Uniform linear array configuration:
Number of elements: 24
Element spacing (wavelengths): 0.25
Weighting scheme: blackman
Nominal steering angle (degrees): -30
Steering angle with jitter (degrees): -29.448
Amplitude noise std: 0.05
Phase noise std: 0.05

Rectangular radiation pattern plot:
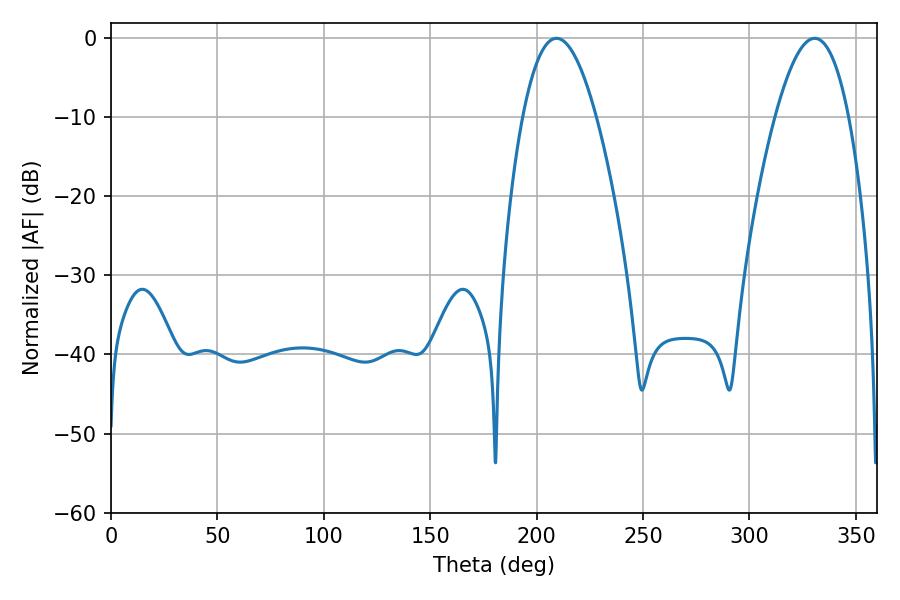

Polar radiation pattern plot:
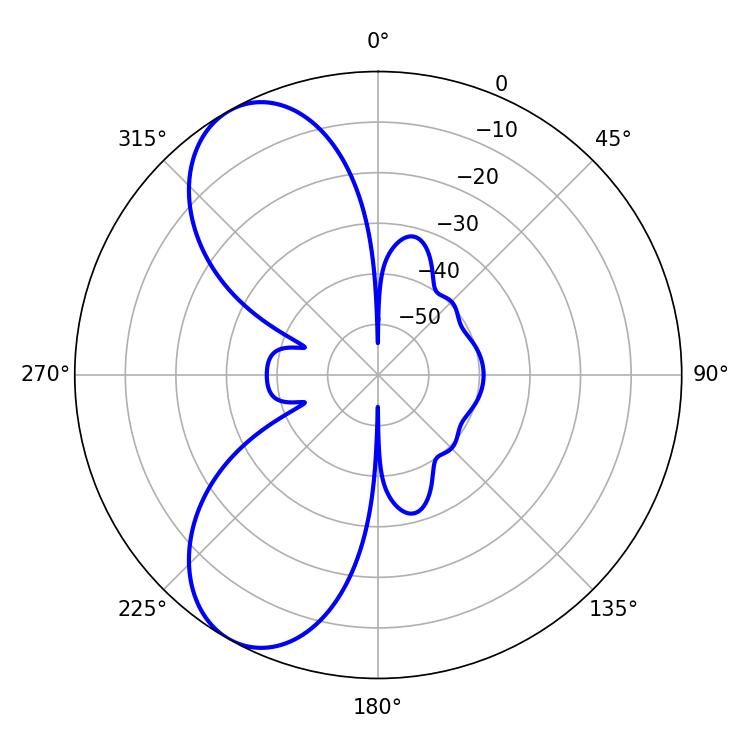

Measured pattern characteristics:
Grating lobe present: FALSE
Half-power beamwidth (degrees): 18.9
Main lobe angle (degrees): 209.34